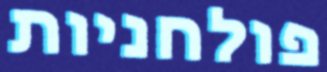
פולחניות